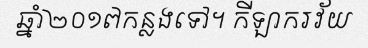
ឆ្នាំ២០១៧កន្លងទៅ។ កីឡាករវ័យ